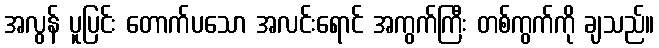
အလွန် ပူပြင်း တောက်ပသော အလင်းရောင် အကွက်ကြီး တစ်ကွက်ကို ချသည်။